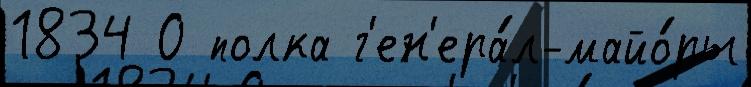
1834 О полка г'ен'ера́л-майо́ры